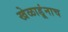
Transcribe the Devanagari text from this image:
खेळाडूंनाच